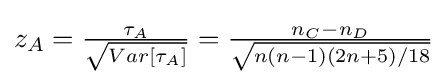
{\textstyle z_{A}={\frac {\tau _{A}}{\sqrt {Var[\tau _{A}]}}}={n_{C}-n_{D} \over {\sqrt {n(n-1)(2n+5)/18}}}}